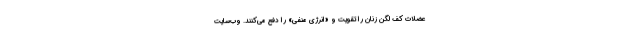
عضلات کف لگن زنان را تقویت و «انرژی منفی» را دفع می‌کنند. وب‌سایت